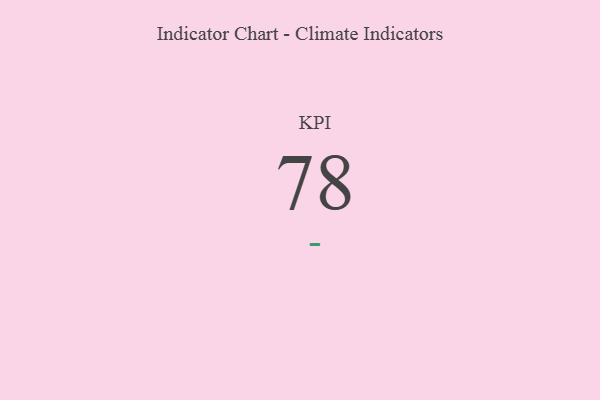
{"axis": {"x": "KPI", "y": "Value"}, "legend": [""], "data": [{"x": "KPI", "y": 78, "type": ""}]}